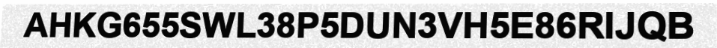
AHKG655SWL38P5DUN3VH5E86RIJQB